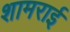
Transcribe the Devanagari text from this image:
शामराई